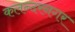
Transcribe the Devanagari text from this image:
कलन्दरनगर